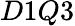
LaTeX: D1Q3